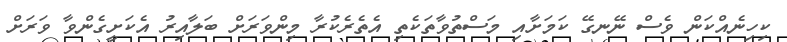
ކިހިނެއްކަން ވެސް ނޭނގޭ ކަމަށާއި މަސްތުވާތަކެތި އެތެރެކުރާ މިންވަރަށް ބަލާއިރު އެކަށީގެންވާ ވަރަށް